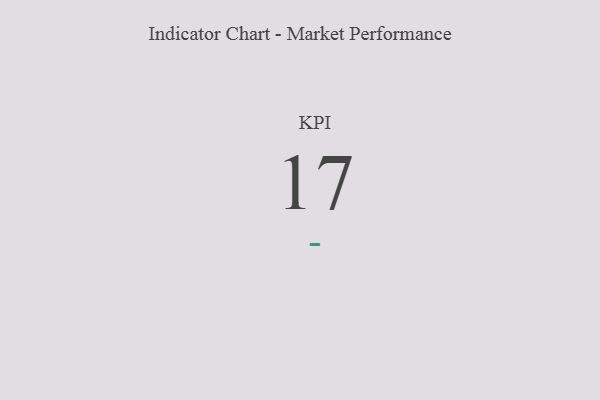
{"axis": {"x": "KPI", "y": "Value"}, "legend": [""], "data": [{"x": "KPI", "y": 17, "type": ""}]}